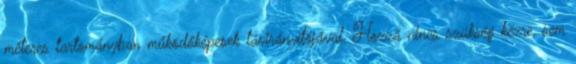
méteres tartományban működőképesek távirányítójával. Hozzá nincs szükség kézre, sem